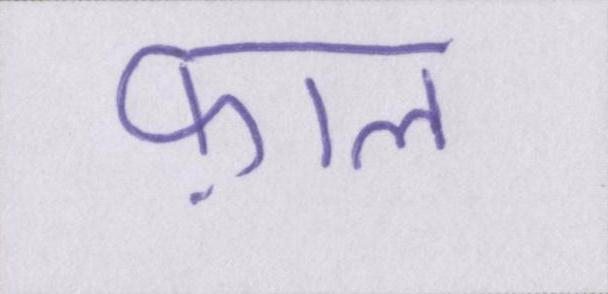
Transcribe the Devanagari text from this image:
फ़ाल